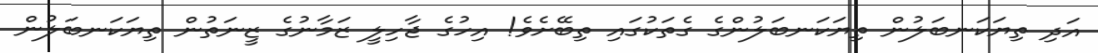
އަދި ތިޔަކަނބަލުން ތިޔަކަނބަލުންގެ ގެތަކުގައި ތިބޭށެވެ! އިހުގެ ޖާހިލީ ޒަމާނުގެ ޒީނަތުން ތިޔަކަނބަލުން